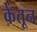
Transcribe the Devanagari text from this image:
केंतून